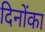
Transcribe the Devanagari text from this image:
दिनोंका